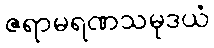
ဇရာမရဏသမုဒယံ